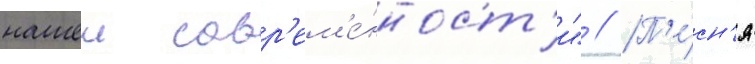
нашеи совр'ем'е́нност'и" // П'е́сн'я